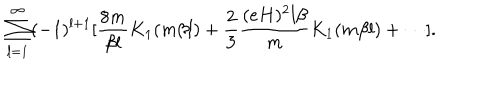
LaTeX: \sum _ { l = 1 } ^ { \infty } ( - 1 ) ^ { l + 1 } [ \frac { 8 m } { \beta l } K _ { 1 } ( m \beta l ) + \frac { 2 } { 3 } \frac { ( e H ) ^ { 2 } l \beta } { m } K _ { 1 } ( m \beta l ) + \cdots ] .